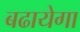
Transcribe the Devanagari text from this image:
बढायेगा